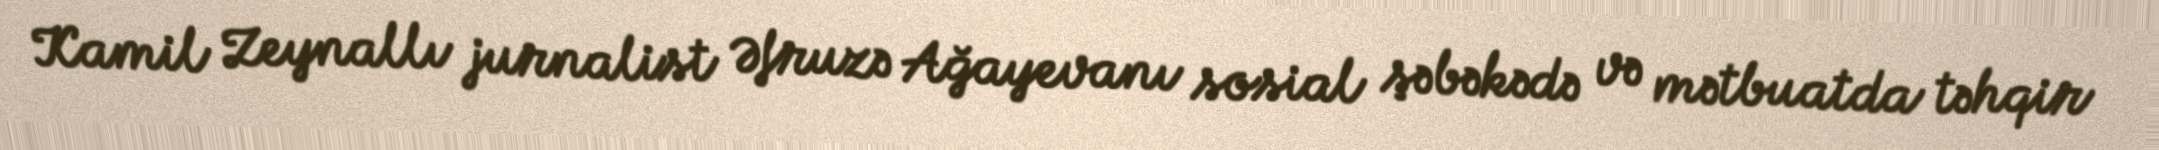
Kamil Zeynallı jurnalist Əfruzə Ağayevanı sosial şəbəkədə və mətbuatda təhqir